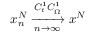
x _ { n } ^ { N } \xrightarrow [ n \rightarrow \infty ] { C _ { t } ^ { 1 } C _ { \Bar { \Omega } } ^ { 1 } } x ^ { N }